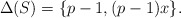
\begin{align*}\Delta(S) = \{p-1,(p-1)x\}.\end{align*}